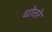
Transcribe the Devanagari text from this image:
धोतरे